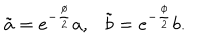
LaTeX: \tilde { a } = e ^ { - \frac { \phi } { 2 } } a , \tilde { b } = e ^ { - \frac { \phi } { 2 } } b .